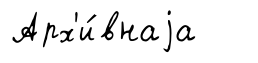
Арх'и́внаjа